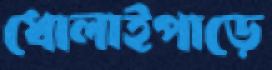
ধোলাইপাড়ে